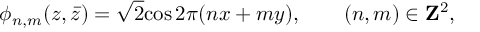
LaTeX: \phi _ { n , m } ( z , \bar { z } ) = \sqrt 2 \mathrm { c o s } \, 2 \pi ( n x + m y ) , \qquad ( n , m ) \in { \bf Z } ^ { 2 } ,